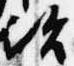
次